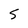
Character: 5